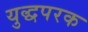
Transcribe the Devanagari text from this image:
युद्धपरक